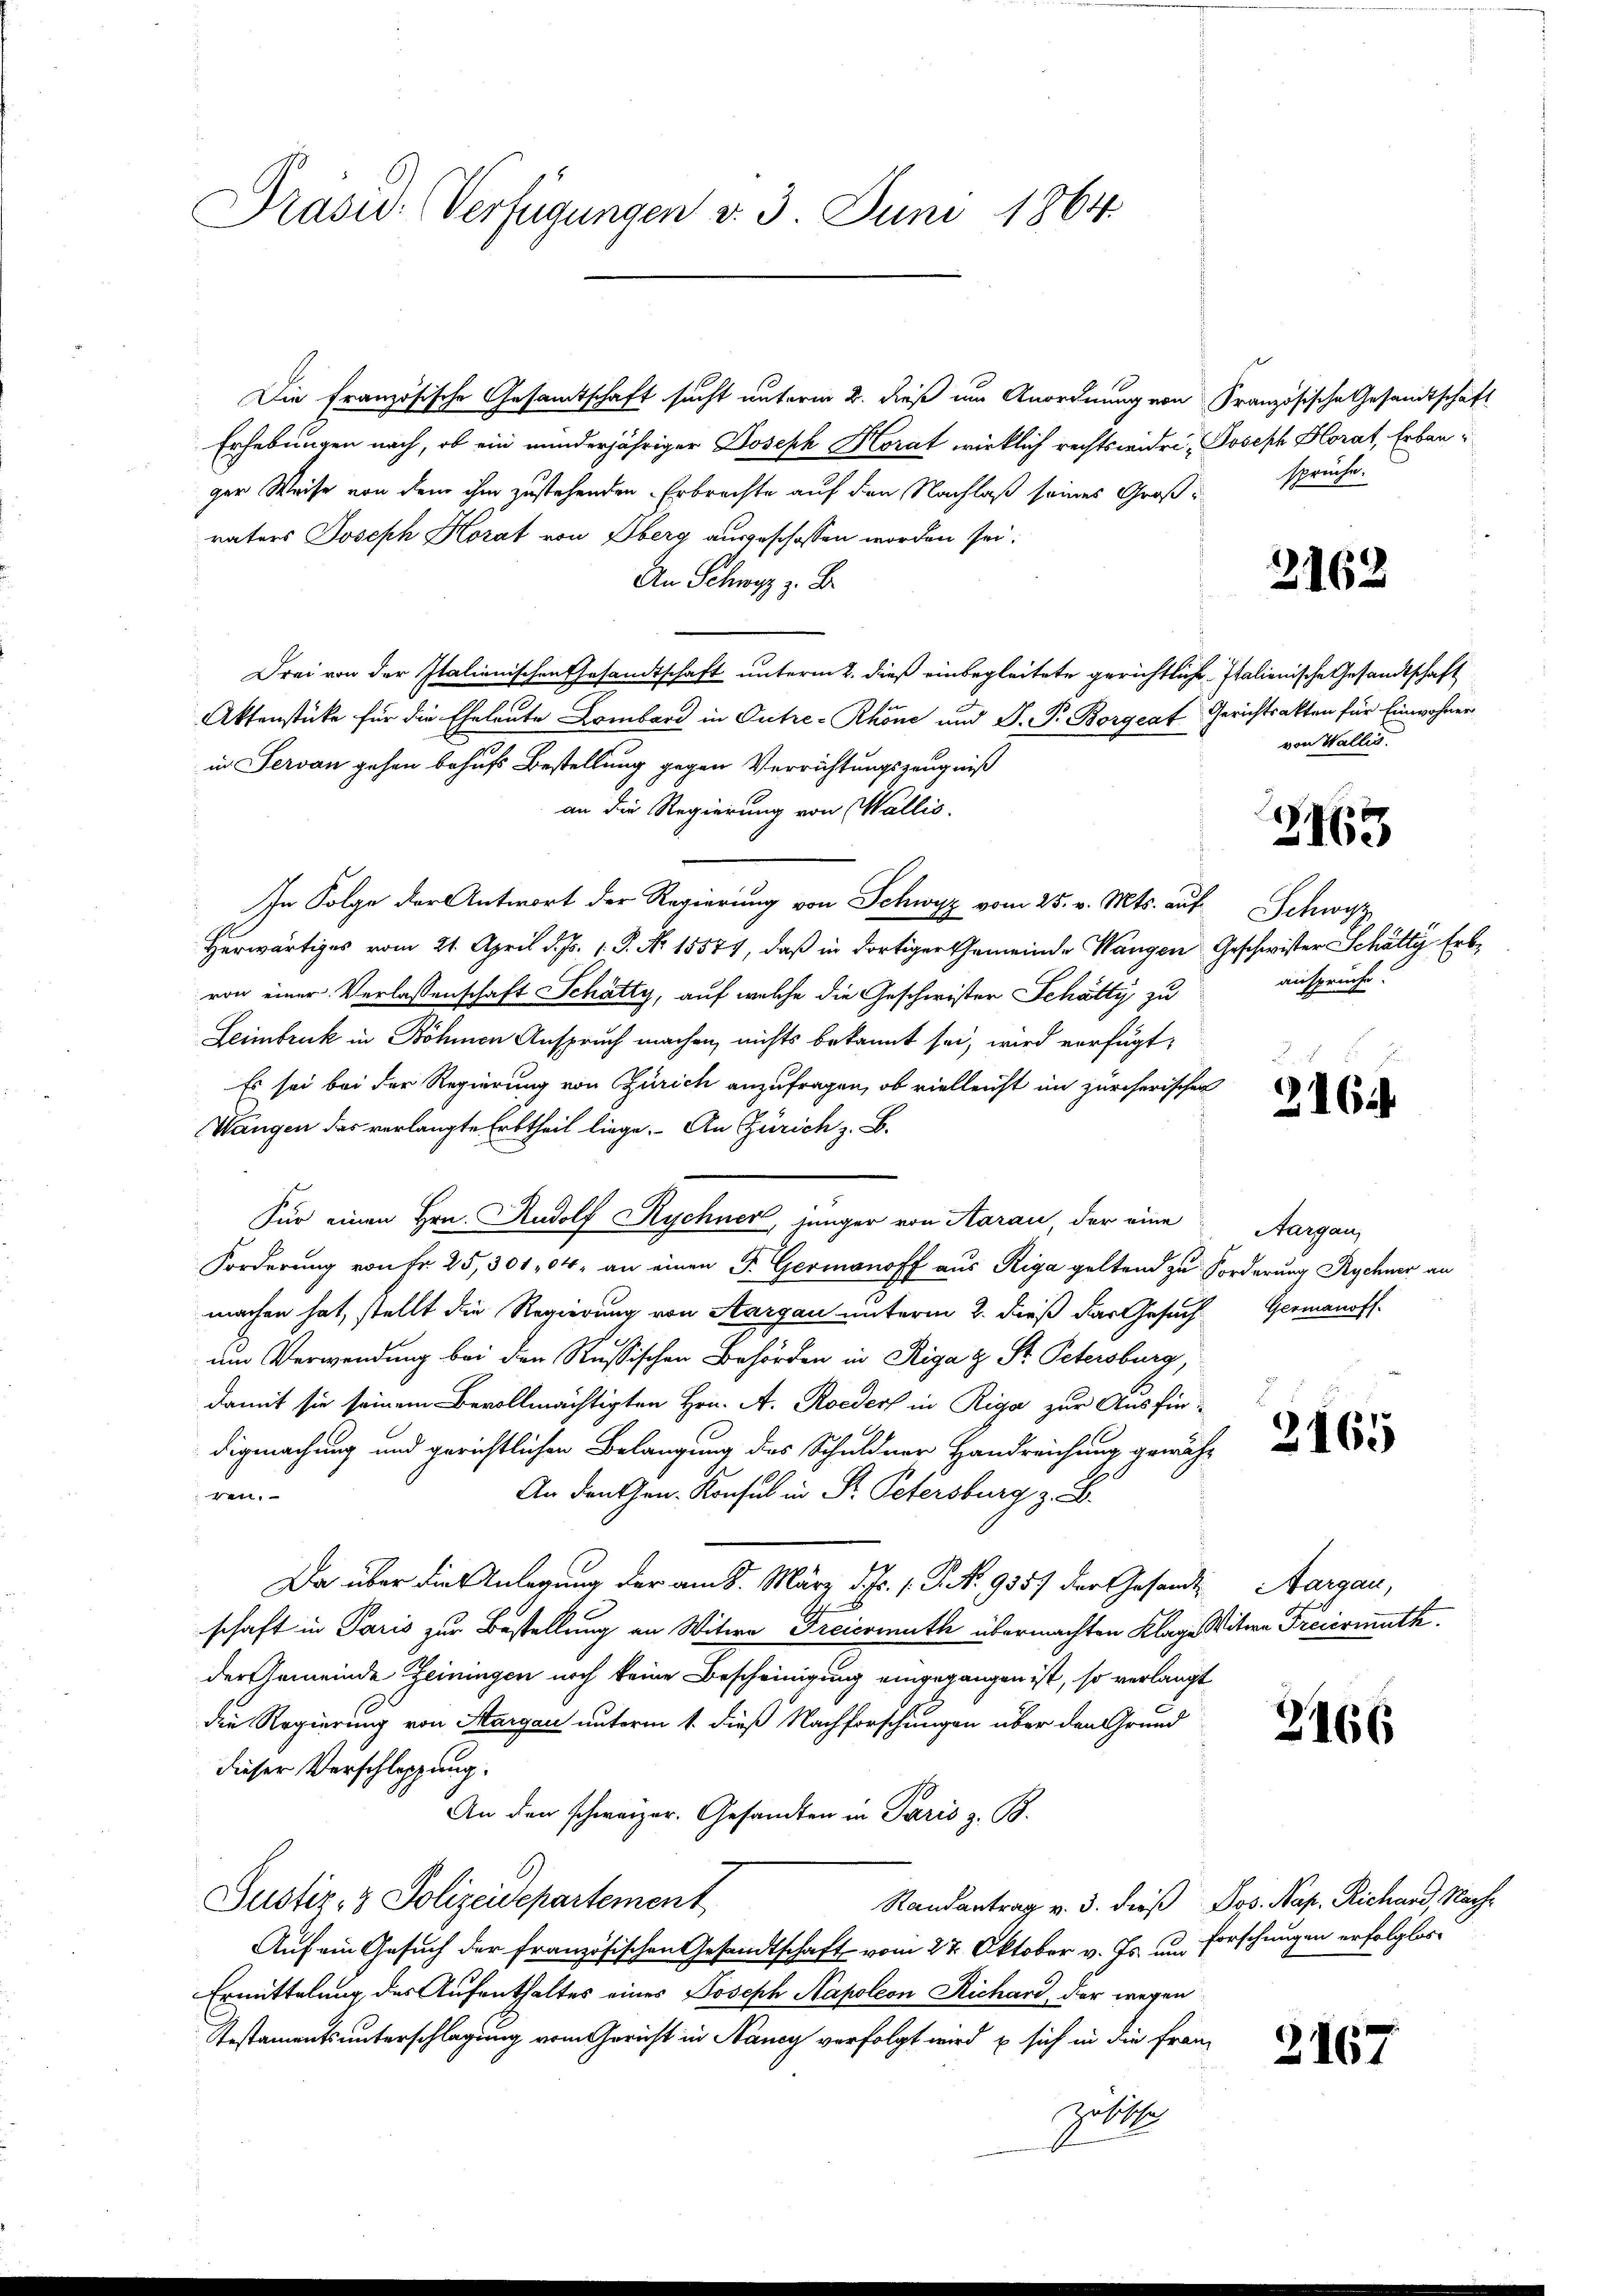
Präsid. Verfügungen v. 3. Juni 1864.

Die Französische Gesandtschaft sucht unterm 2. dieß um Anordnung von Französische Gesandtschaft
Erhebungen nach, ob ein minderjähriger Joseph Horat wirklich rechtswidri, Joseph Blorat, Erbau-
ger Weise von dem ihm zustehenden Erbrechte auf den Nachlaß seines Großvaters Joseph Horat von Oberg ausgeschossen worden sei.
An Schwyz z. B.
Frei von der Italienischen Gesandtschaft unterm 2. dieß einbegleitete gerichtliche
Aktenstücke für die Eheleute Lombard in Outre-Rhöne und J. P. Borgeat Gerichtsakten für Einwohner
in Servan gehen behufs Bestellung gegen Verrichtungszeugniß
an die Regierung von Wallis.
In Folge der Antwort der Regierung von Schwyz vom 25. v. Mts. auf
Herwärtiges vom 21. April d. Js. 1. P. No 15571, daß in dortiger Gemeinde Wangen
von einer Verlassenschaft Schätty, auf welche die Geschwister Schätty zu
Leimbruk in Böhmen Anspruch machen, nichts bekannt sei, wird verfügt,
Es sei bei der Regierung von Zürich anzufragen, ob vielleicht im zürcherischen
Wangen das verlangte Erbtheil liege. An Zürich z. B.
Für einen Hrn. Rudolf Rychner, jünger von Aarau, der eine
Forderung von Fr. 25, 301, 04. an einen Fr. Germanoff aus Riga geltend zu Forderung Rychner an
machen hat, stellt die Regierung von Aargau unterm 2. dieß das Gesuch Germanoff
um Verwendung bei den Russischen Behörden in Riga z. St. Petersburg,
damit sie seinem Bevollmächtigten Hrn. A. Roeders in Riga zur Ausfindigmachung und gerichtlichen Belangung des Schuldner Handreichung gewäh¬
An den Gen. Konsul in St. Petersburg z. B.
ren.
Da über die Anlegung der am 8. März d. Js. 1. P. No. 9357 der Gesandtschaft in Paris zur Bestellung an Witwe Freiermuth übermachten Klage Mitwe Freiermuth.
der Gemeinde Zeiningen noch keine Bescheinigung eingegangen ist, so verlangt
die Regierung von Aargau unterm 1. dieß Nachforschungen über den Grund
dieser Verschleppung.
An den schweizer. Gesandten in Paris z. B.
Justiz- & Polizeidepartement
Randantrag v. 3. dieß Jos. Nap. Richard, Nach¬
Auf ein Gesuch der französischen Gesandtschaft vom 27. Oktober v. Js. um Forschungen erfolglos
Ermittelung des Aufenthaltes eines Joseph Napoleon Richard, der wegen
Testaments unterschlagung vom Gericht in Nancy verfolgt wird p sich in die Fran¬
Zusiche

sprüche.

2162

Italienische Gesandtschaft
von Wallis.

3463

Schwyz
Geschwister Schätte Erbansprüche.

2164

Aargau,

2165

Aargau,

2166

2167